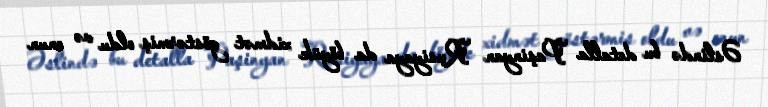
Əslində bu detalla Paşinyan Rusiyaya da böyük xidmət göstərmiş oldu və onun